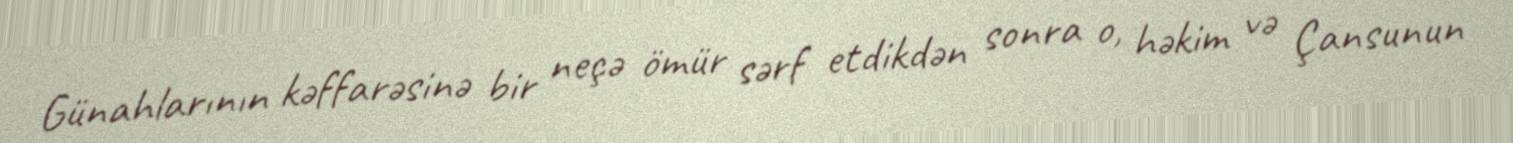
Günahlarının kəffarəsinə bir neçə ömür sərf etdikdən sonra o, həkim və Çansunun